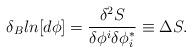
LaTeX: \begin{align*}\delta_B ln[d\phi] = \frac{\delta^2 S}{\delta\phi^i\delta\phi^*_i}\equiv \Delta S.\end{align*}